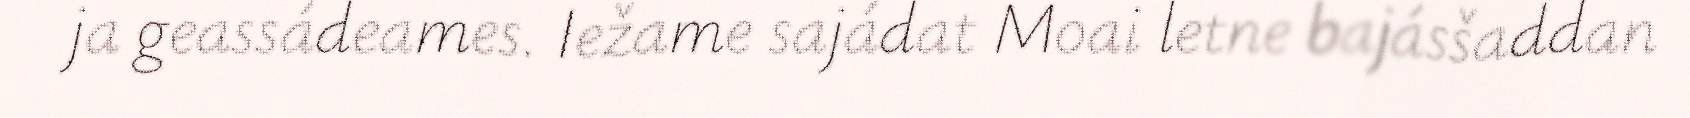
ja geassádeames. Iežame sajádat Moai letne bajásšaddan